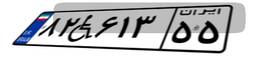
۲۸W۲۷۲۰۷